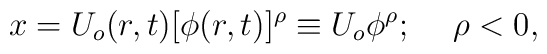
x=U_o(r,t)[\phi(r,t)]^\rho\equiv U_o\phi^\rho;\hspace*{5mm}\rho<0,